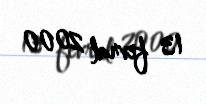
13 fevral 2000